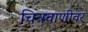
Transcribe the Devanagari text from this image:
चित्रवाणीवर